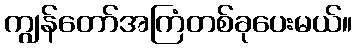
ကျွန်တော်အကြံတစ်ခုပေးမယ်။